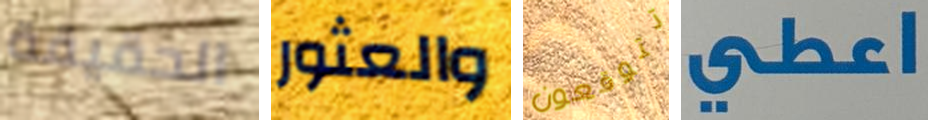
الحقيقة والعثور تتوقعون اعطي